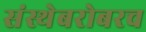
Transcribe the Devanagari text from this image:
संस्थेबरोबरच